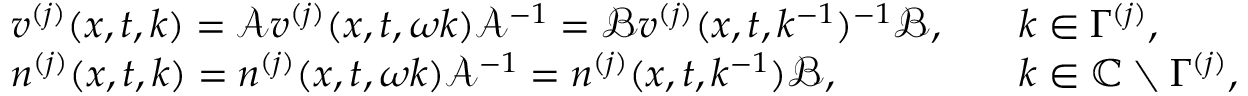
\begin{array} { r l r l } & { v ^ { ( j ) } ( x , t , k ) = \mathcal { A } v ^ { ( j ) } ( x , t , \omega k ) \mathcal { A } ^ { - 1 } = \mathcal { B } v ^ { ( j ) } ( x , t , k ^ { - 1 } ) ^ { - 1 } \mathcal { B } , } & & { k \in \Gamma ^ { ( j ) } , } \\ & { n ^ { ( j ) } ( x , t , k ) = n ^ { ( j ) } ( x , t , \omega k ) \mathcal { A } ^ { - 1 } = n ^ { ( j ) } ( x , t , k ^ { - 1 } ) \mathcal { B } , } & & { k \in { \mathbb C } \setminus \Gamma ^ { ( j ) } , } \end{array}